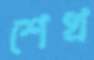
শেখ